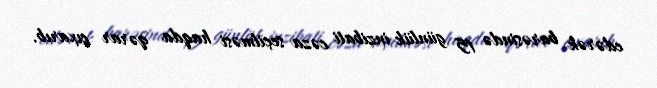
edərək barəsində 15 günlük inzibati cəza seçilməsi haqda qərar çıxarıb.